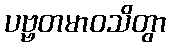
ပဗ္ဗတမာဝသိတွာ